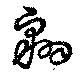
翺